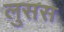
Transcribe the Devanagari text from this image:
लुसस